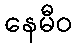
နေမီဝ